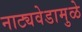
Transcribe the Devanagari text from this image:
नाट्यवेडामुळे